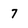
Character: 7